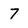
Character: 7